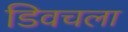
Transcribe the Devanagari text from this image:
डिवचला